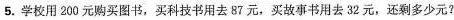
5.学校用200元购买图书，买科技书用去87元，买故事书用去32元，还剩多少元?